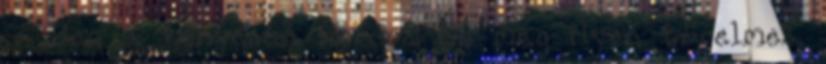
– Ben a tenyerén hordoz. Én még ilyen türelmes,